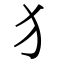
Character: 犭